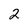
Character: 2